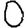
Digit: 0